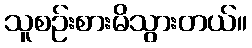
သူစဉ်းစားမိသွားတယ်။